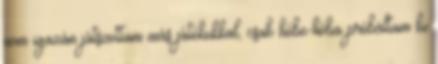
nem igazán játszottam más játékokkal, csak hébe-hóba próbáltam ki